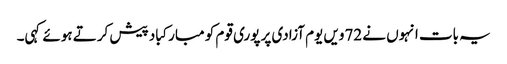
یہ بات انہوں نے 72ویں یوم آزادی پر پوری قوم کو مبارکباد پیش کرتے ہوئے کہی۔